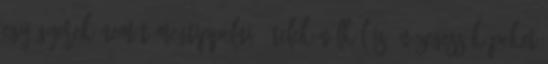
egy gyerek nemét megtippelni, ételek nélkül is. Nézegess képeket